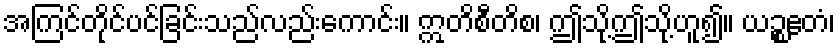
အကြင်တိုင်ပင်ခြင်းသည်လည်းကောင်း။ ဣတိစီတိစ၊ ဤသို့ဤသို့ဟူ၍။ ယဉ္စဧတံ၊